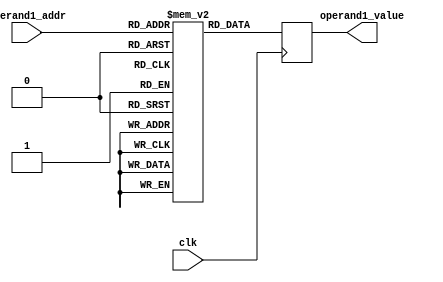
module operand1_memory(
    input clk,
    input [3:0] operand1_addr,
    output reg [15:0] operand1_value
);

// 16   ( )
reg [15:0] memory_array [15:0];

initial begin
    memory_array[0]  = 16'b1010_1001_0011_0101;
    memory_array[1]  = 16'b0111_1110_0000_1001;
    memory_array[2]  = 16'b1100_0101_1111_0110;
    memory_array[3]  = 16'b0010_1101_1010_1111;
    memory_array[4]  = 16'b1001_0110_0101_1000;
    memory_array[5]  = 16'b0101_1011_1100_0111;
    memory_array[6]  = 16'b1110_0001_0011_1101;
    memory_array[7]  = 16'b0000_1111_1001_0010;
    memory_array[8]  = 16'b1011_0100_0110_1110;
    memory_array[9]  = 16'b0111_0010_1101_0001;
    memory_array[10] = 16'b1000_1101_0011_1100;
    memory_array[11] = 16'b0100_0111_1010_0011;
    memory_array[12] = 16'b1101_1000_0101_1001;
    memory_array[13] = 16'b0001_0110_1100_1010;
    memory_array[14] = 16'b1110_1001_1011_0110;
    memory_array[15] = 16'b0010_0011_0000_1111;
end

always @(posedge clk) begin
    operand1_value <= memory_array[operand1_addr];
end

endmodule